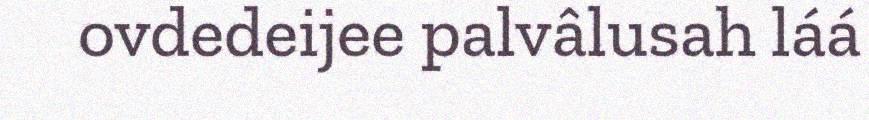
ovdedeijee palvâlusah láá